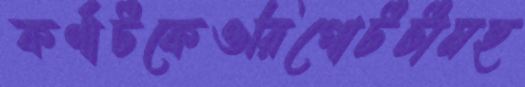
কর্ণাটকেওরিপোর্টটামহ